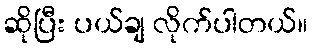
ဆိုပြီး ပယ်ချ လိုက်ပါတယ်။